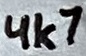
Text: 4k7